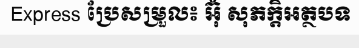
Express ប្រែសម្រួល៖ អ៊ុំ សុភក្តិអត្ថបទ